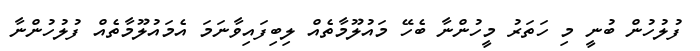
ފުލުހުން ބުނީ މި ހަތަރު މީހުންނާ ބެހޭ މައުލޫމާތެއް ލިބިފައިވާނަމަ އެމައުލޫމާތެއް ފުލުހުންނާ